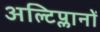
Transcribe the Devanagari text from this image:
अल्टिप्लानों